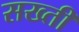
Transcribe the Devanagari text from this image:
सख्‍ती